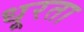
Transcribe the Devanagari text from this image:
धूरता